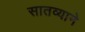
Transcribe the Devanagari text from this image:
सातव्याने